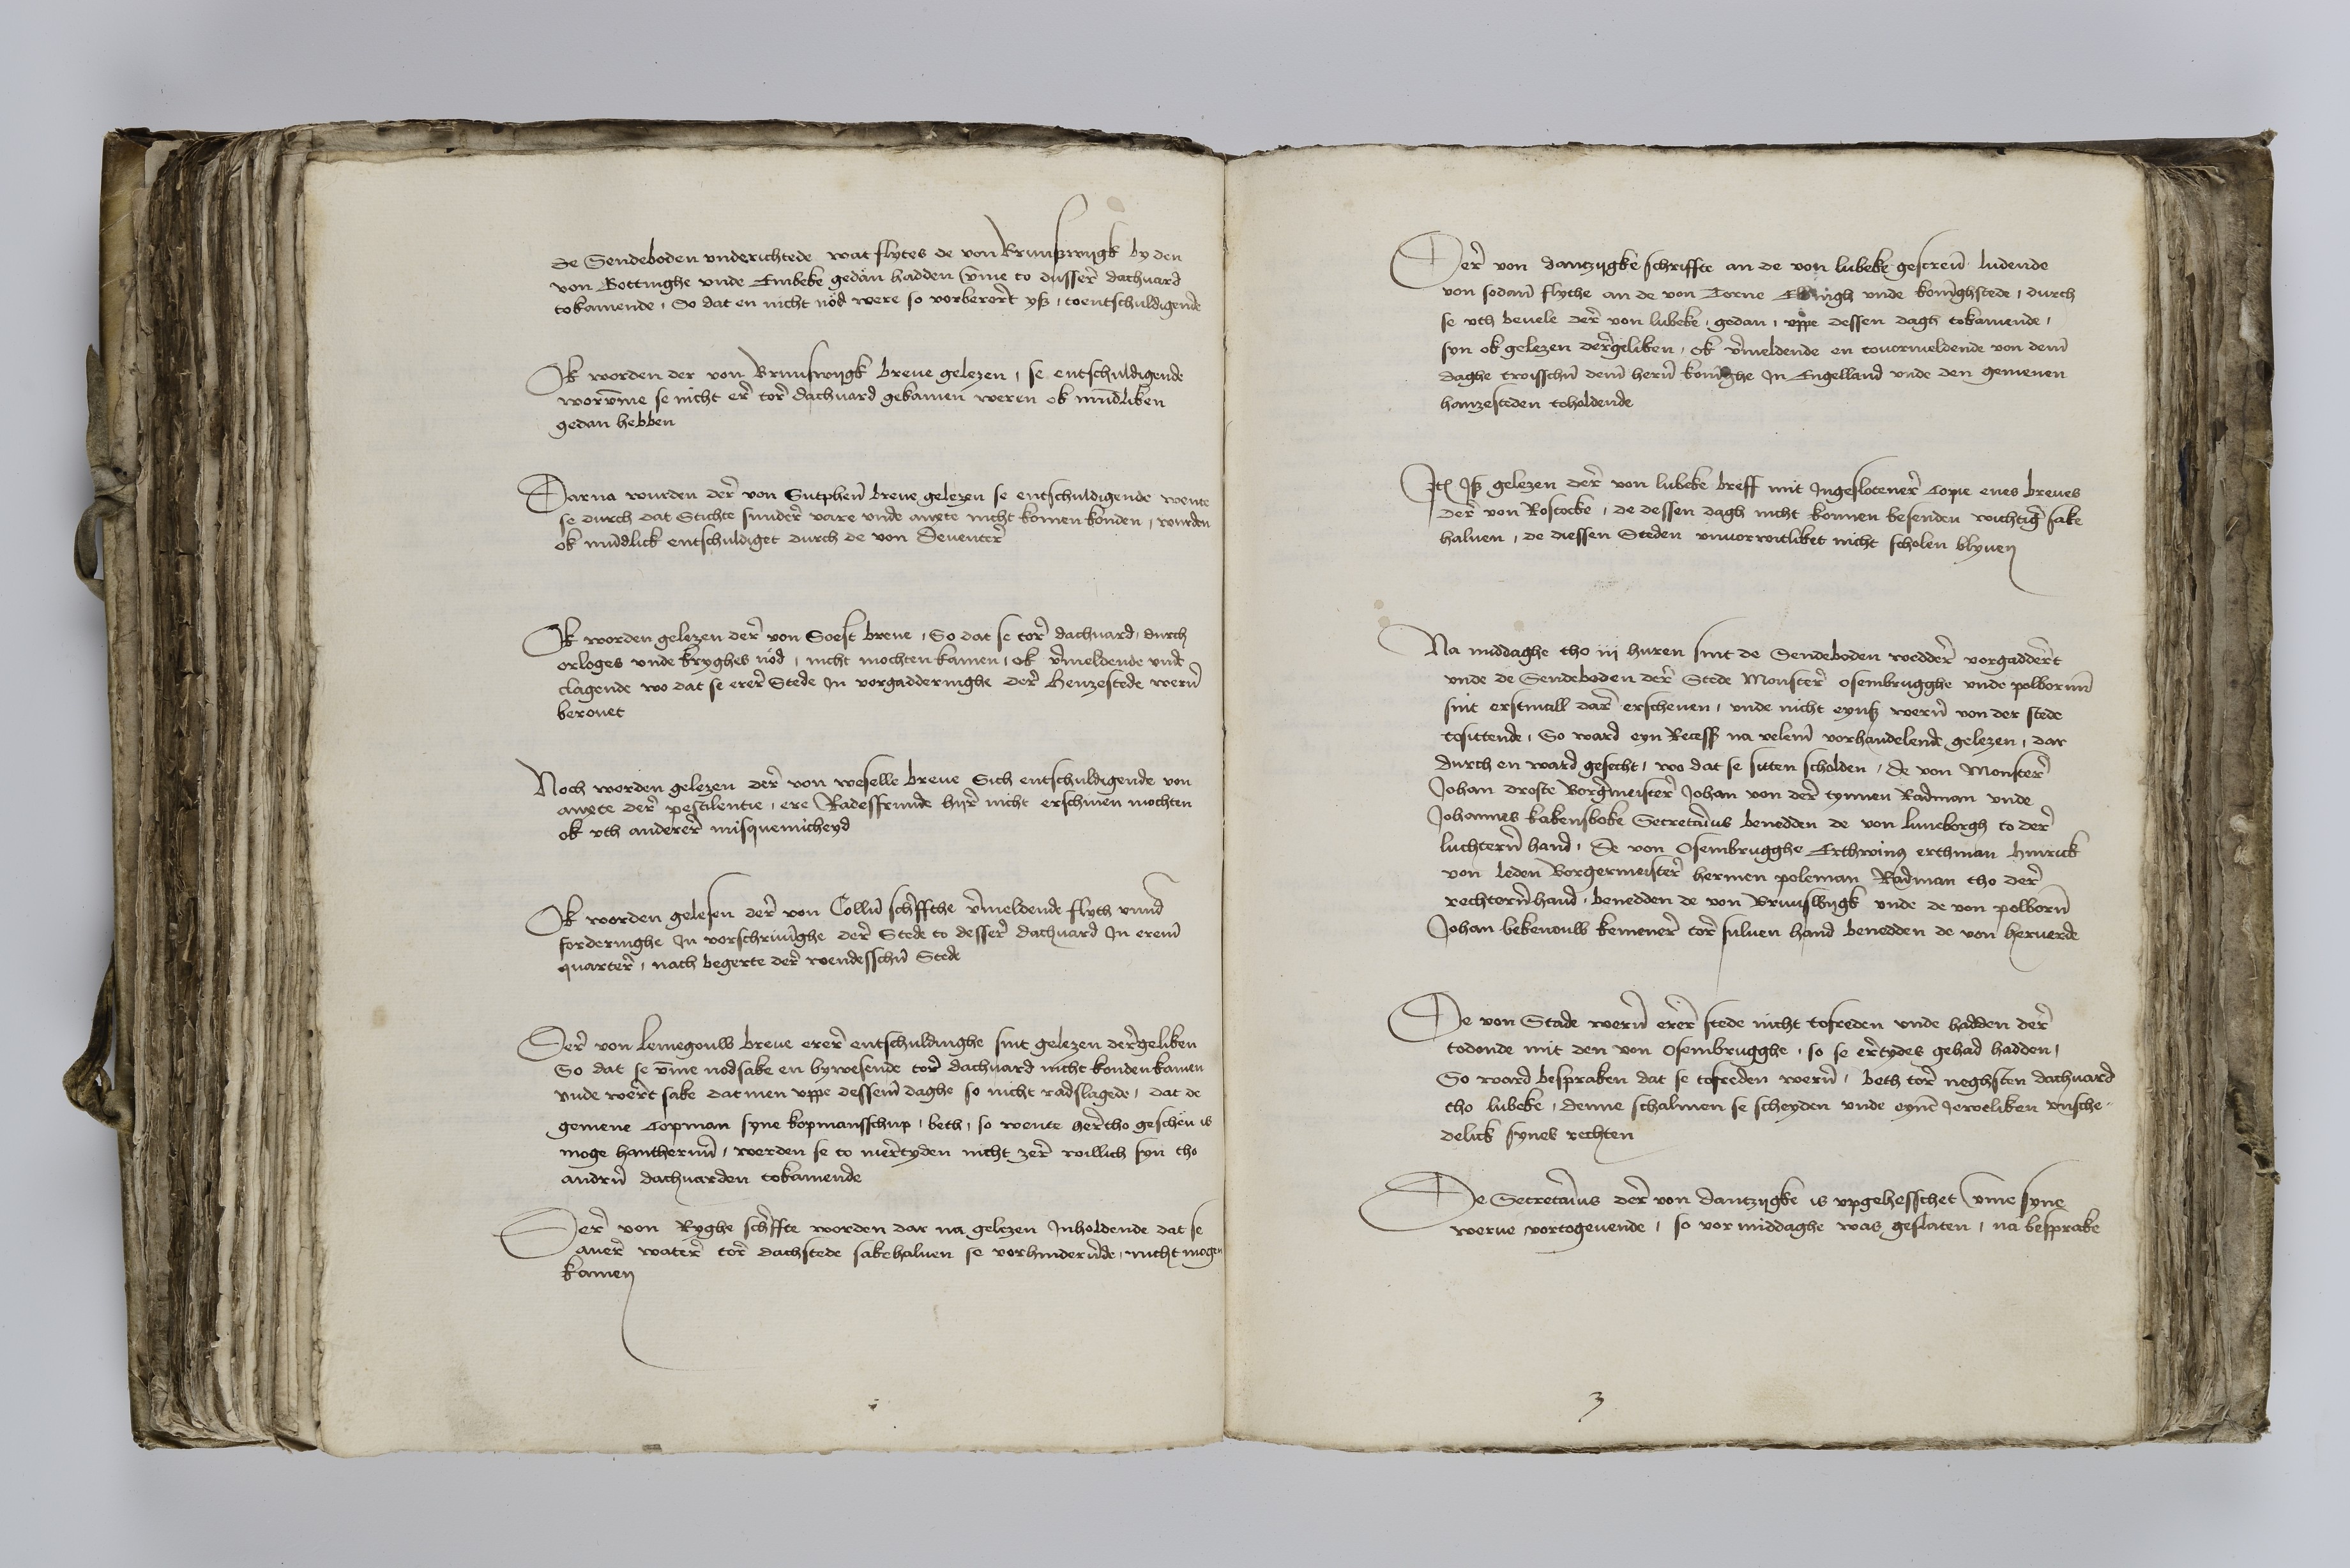
de Sendeboden vnderichtede wat flytes de von Brunswijgk by den
von Gottinghe vnde Embeke gedan hadden vmme to dussern dachuard
to komende, So dat en nicht noͤd were so vorberoret ys, toentschuldigende

Ok worden der von Brunswygk breue gelezen, se entschuldigende
worvmme se nicht ere tore dachuard gesamen weren ok mundliken
gedan hebben

Dar na wurden derer von Sutphenn breue gelezen se entschuldigende wente
se durch dat Stichte sundere vare vnde anxte nicht komen konden, wurden
ok mundlick entschuldiget durch de von Deuentere

Ok worden gelezen derer von Soest breue, So dat se tore dachuard, durch
orloges vnde kryghes noͤd, nicht mochten kamen, ok vmmeldende vnde
clagende wo dat se erere Stede in vorgadderinghe derer henzestede weren
berouet

Noch worden gelezen derer von Weselle breue Sich entschuldigende von
anxte derer pestilentie, ere Radesfrunde hyre nicht erschinen mochten
ok vth anderer misquenicheyd

Ok worden gelesen derer von Collne schriffthe vmmeldende flyth vrunde
forderinghe Jn vorschriuinghe derer Stede to dessere dachuard Jn ereme
quarterer, noch begerte derer roendesschen Stede

Derer von Lemegouw breue erer entschuldinghe sint gelezen deregeliken
So dat se vmme nodsake en bywesende tore dachuard nicht konden kamen
vnde roeret sake dat men vppe desseme daghe so nicht radslagede, dat de
gemene Copman syne kopmansschup, beth, so wente heretho gescheͤn is
moge hantherenn werden se to meretyden nicht zere willich syn tho
andren dachuarden tokamende

Dere von Ryghe schriffte worden dar na gelezen Jnholdende dat se
auere watere tore dachstede sakehaluen se vorhinderunde, nicht mogen
kamen

Dere von Dantzygke schriffte an de von Lubeke gescreuen ludende
von sodane flythe an de von Torne Elbingh vnde Koninghstede, durch
se vth beuele derer von Lubeke, gedan, vppe dessen dagh tokamende,
syn ok gelezen deregeliken, ok vmmeldende en touormeldende von deme
daghe twisschen deme heren Koninghe Jn Engelland vnde den gemenen
hanzesteden toholdende

Jtem Js gelezen derer von Lubeke breff mit Jngeslotenere Copie enes breues
derer von Rostocke, de dessen dagh nicht konnen besenden wichtiger sake
haluen, de diessen Steden vnuorwitliket nicht scholen blyuen

Na middaghe tho iij huren sint de Sendeboden weddere vorgadderet
vnde de Sendeboden derer Stede Monstere Osembrugghe vnde Polborenn
sint erstmall dare erschenen, vnde nicht eynß weren von der stede
tosittende, So ward eyn Recess na veleme vorhandelendt gelezen, dar
durch en ward gesecht, wo dat se sitten scholden, de von Monstere
Johan Droste Borgermeistere Johan von dere tynnen Radman vnde
Johannis Kakensboke Secretarius benedden de von Luneborgh to dere
luchteren hand, de von Osembrugghe Erthwinus Erthman Hinrick
von Leden Borgermeistere Hermen Poleman Radman tho dere
rechterenhand, benedden de von Brunswygk vnde de von Polboren
Johan Bekenouw Kemenere tore suluen hand benedden de von Heruerde

De von Stade weren erere stede nicht tofreden vnde hadden dere
todonde mit den von Osembrugghe, so se eretydes gehad hadden,
so ward bespraken dat se tofreden weren, beth tore neghsten dachuard
tho Lubeke, denne schalmen se scheyden vnde eynen Jeweliken vnsche¬
delick synes rechten

De Secretarius dere von Dantzygke is vpgehesschet vmme syne
werue vortogeuende, so vor middaghe was geslaten, na besprake